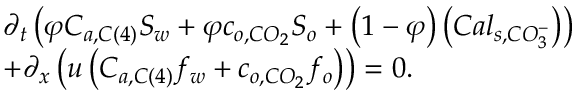
\begin{array} { r l } & { \partial _ { t } \left( \varphi C _ { a , C \left( 4 \right) } S _ { w } + \varphi c _ { o , C O _ { 2 } } S _ { o } + \left( 1 - \varphi \right) \left( C a l _ { s , C O _ { 3 } ^ { - } } \right) \right) } \\ & { + \partial _ { x } \left( u \left( C _ { a , C \left( 4 \right) } f _ { w } + c _ { o , C O _ { 2 } } f _ { o } \right) \right) = 0 . } \end{array}